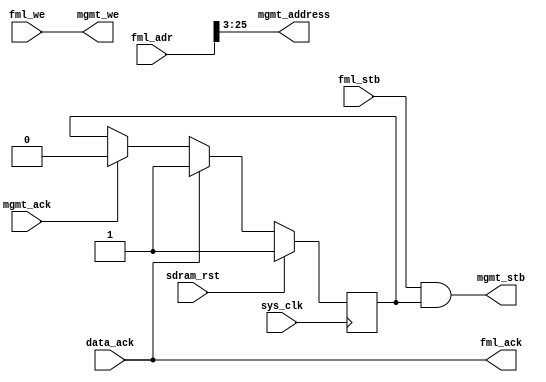
/*
 * High Performance Dynamic Memory Controller
 * Copyright (C) 2008, 2009 Sebastien Bourdeauducq - http://lekernel.net
 * This file is part of HPDMC.
 *
 * HPDMC is free software; you can redistribute it and/or modify it
 * under the terms of the GNU Library General Public License as published
 * by the Free Software Foundation; either version 2, or (at your option)
 * any later version.
 *
 * This program is distributed in the hope that it will be useful,
 * but WITHOUT ANY WARRANTY; without even the implied warranty of
 * MERCHANTABILITY or FITNESS FOR A PARTICULAR PURPOSE.  See the GNU
 * Library General Public License for more details.
 *
 * You should have received a copy of the GNU Library General Public
 * License along with this program; if not, write to the Free Software
 * Foundation, Inc., 51 Franklin Street, Fifth Floor, Boston, MA 02110-1301,
 * USA.
 */

/* Simple FML interface for HPDMC */

module hpdmc_busif #(
	parameter sdram_depth = 26
) (
	input sys_clk,
	input sdram_rst,
	
	input [sdram_depth-1:0] fml_adr,
	input fml_stb,
	input fml_we,
	output fml_ack,
	
	output mgmt_stb,
	output mgmt_we,
	output [sdram_depth-3-1:0] mgmt_address, /* in 64-bit words */
	input mgmt_ack,
	
	input data_ack
);

reg mgmt_stb_en;

assign mgmt_stb = fml_stb & mgmt_stb_en;
assign mgmt_we = fml_we;
assign mgmt_address = fml_adr[sdram_depth-1:3];

assign fml_ack = data_ack;

always @(posedge sys_clk) begin
	if(sdram_rst)
		mgmt_stb_en = 1'b1;
	else begin
		if(mgmt_ack)
			mgmt_stb_en = 1'b0;
		if(data_ack)
			mgmt_stb_en = 1'b1;
	end
end

endmodule